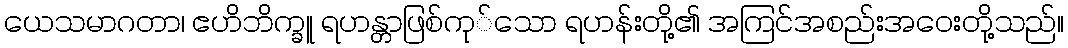
ယေသမာဂတာ၊ ဧဟိဘိက္ခူ ရဟန္တာဖြစ်ကု်သော ရဟန်းတို့၏ အကြင်အစည်းအဝေးတို့သည်။